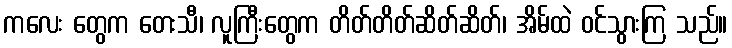
ကလေး တွေက တေးသီ၊ လူကြီးတွေက တိတ်တိတ်ဆိတ်ဆိတ်၊ အိမ်ထဲ ဝင်သွားကြ သည်။